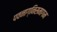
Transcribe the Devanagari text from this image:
पवनाग्निसमागम